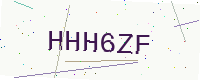
Text: HHH6ZF